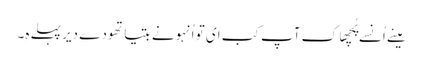
مینے اُنسے پُچھا کِ آپ کب اَیِ تو اُنہونے بتیا تھودے دیر پہلے ہِ۔